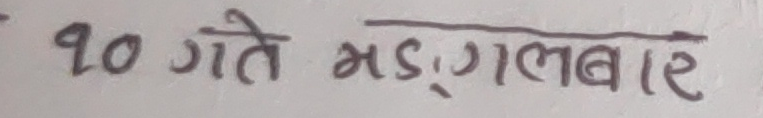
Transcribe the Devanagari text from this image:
१० गते मङ्लबार